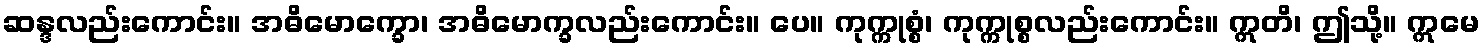
ဆန္ဒလည်းကောင်း။ အဓိမောက္ခော၊ အဓိမောက္ခလည်းကောင်း။ ပေ။ ကုက္ကုစ္စံ၊ ကုက္ကုစ္စလည်းကောင်း။ ဣတိ၊ ဤသို့။ ဣမေ